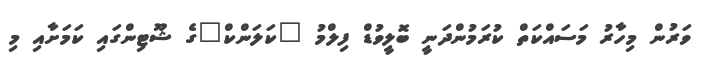
ވަރުން މިހާރު މަސައްކަތް ކުރަމުންދަނީ ބޮލީވުޑް ފިލްމު "ކަލަންކް"ގެ ޝޫޓިންގައި ކަމަށާއި މި